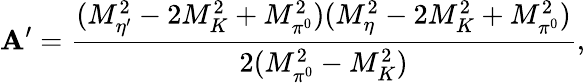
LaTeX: \mathbf{A}^{\prime}=\frac{{(M_{\eta^{\prime}}^{2}-2M_{K}^{2}+M_{\pi^{0}}^{2})(M_{\eta}^{2}-2M_{K}^{2}+M_{\pi^{0}}^{2})}}{{2(M_{\pi^{0}}^{2}-M_{K}^{2})}},